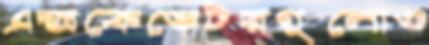
এক্সকেভেটরগুলোও